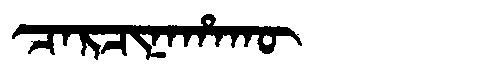
Manchu: ᠴᠠᡵᠴᡳᠨᠠᡥᠠᡴᡡ
Romanization: CARCINAHAKŪ